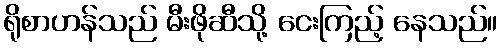
ရိုစာဟန်သည် မီးဖိုဆီသို့ ငေးကြည့် နေသည်။